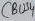
Text: CBUS4